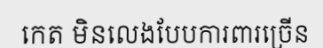
កេត មិនលេងបែបការពារច្រើន